Etiology and epidemiology of plague
Disease focus: Plague
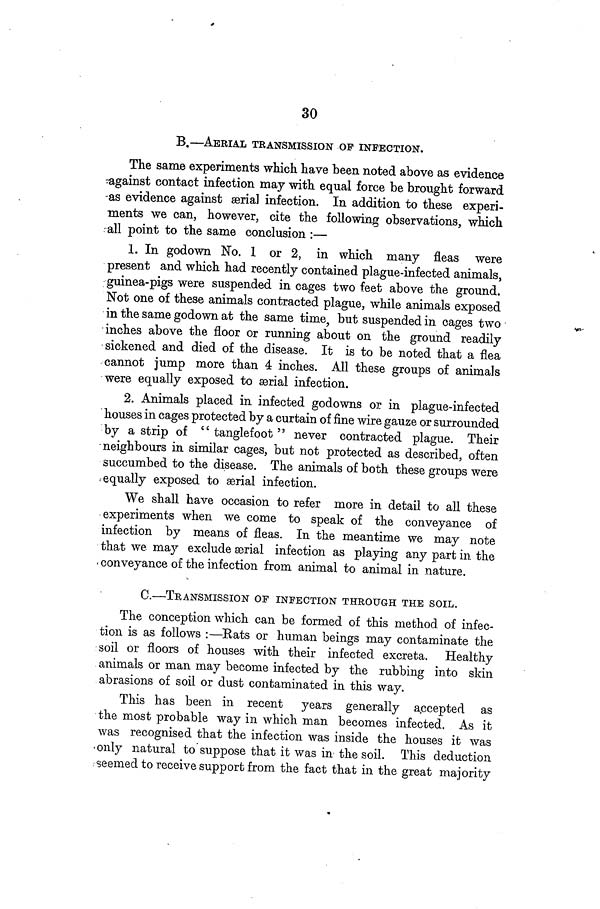
30
B.—AERIAL TRANSMISSION OP INFECTION.
The same experiments which have been noted above as evidence
against contact infection may with equal force be brought forward
as evidence against serial infection. In addition to these experi-
ments we can, however, cite the following observations, which
all point to the same conclusion :—
1. In godown No. 1 or 2, in which many fleas were
present and which had recently contained plague-infected animals,
guinea-pigs were suspended in cages two feet above the ground.
Not one of these animals contracted plague, while animals exposed
in the same godown at the same time, but suspended in cages two
inches above the floor or running about on the ground readily
sickened and died of the disease. It is to be noted that a flea
cannot jump more than 4 inches. All these groups of animals
were equally exposed to serial infection.
2. Animals placed in infected godowns or in plague-infected
houses in cages protected by a curtain of fine wire gauze or surrounded
by a strip of " tanglefoot " never contracted plague. Their
neighbours in similar cages, but not protected as described, often
succumbed to the disease. The animals of both these groups were
equally exposed to serial infection.
We shall have occasion to refer more in detail to all these
experiments when we come to speak of the conveyance of
infection by means of fleas. In the meantime we may note
that we may exclude serial infection as playing any part in the
conveyance of the infection from animal to animal in nature.
C.—TRANSMISSION OF INFECTION THROUGH THE SOIL.
The conception which can be formed of this method of infec-
tion is as follows :—Rats or human beings may contaminate the
soil or floors of houses with their infected excreta. Healthy
animals or man may become infected by the rubbing into skin
abrasions of soil or dust contaminated in this way.
This has been in recent years generally accepted as
the most probable way in which man becomes infected. As it
was recognised that the infection was inside the houses it was
only natural to suppose that it was in the soil. This deduction
seemed to receive support from the fact that in the great majority